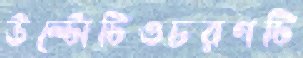
উল্টোটিওচরণটি